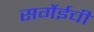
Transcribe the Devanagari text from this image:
सर्गेईची